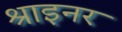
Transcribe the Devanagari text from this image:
श्राइनर